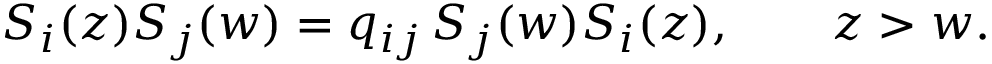
S _ { i } ( z ) S _ { j } ( w ) = q _ { i j } \, S _ { j } ( w ) S _ { i } ( z ) , \qquad z > w .